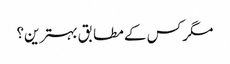
مگر کس کے مطابق بہترین؟